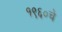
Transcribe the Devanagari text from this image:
१९६०चे